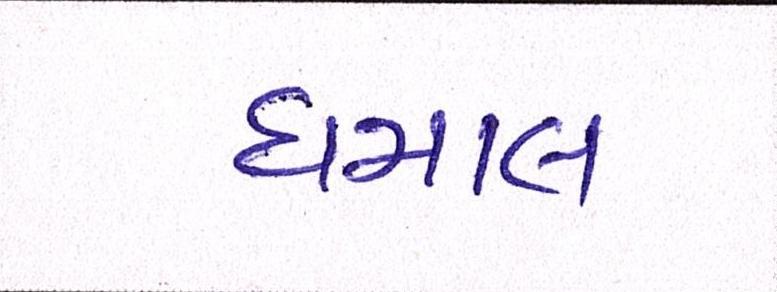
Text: ધમાલ